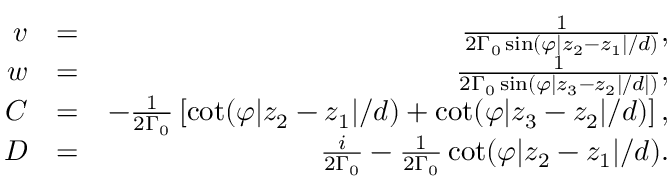
\begin{array} { r l r } { v } & { = } & { \frac { 1 } { 2 \Gamma _ { 0 } \sin ( \varphi | z _ { 2 } - z _ { 1 } | / d ) } , } \\ { w } & { = } & { \frac { 1 } { 2 \Gamma _ { 0 } \sin ( \varphi | z _ { 3 } - z _ { 2 } | / d | ) } , } \\ { C } & { = } & { - \frac { 1 } { 2 \Gamma _ { 0 } } \left[ \cot ( \varphi | z _ { 2 } - z _ { 1 } | / d ) + \cot ( \varphi | z _ { 3 } - z _ { 2 } | / d ) \right] , } \\ { D } & { = } & { \frac { i } { 2 \Gamma _ { 0 } } - \frac { 1 } { 2 \Gamma _ { 0 } } \cot ( \varphi | z _ { 2 } - z _ { 1 } | / d ) . } \end{array}